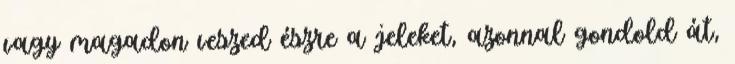
vagy magadon veszed észre a jeleket, azonnal gondold át,